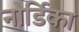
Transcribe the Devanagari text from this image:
नोर्डिका